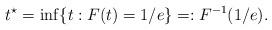
LaTeX: \begin{align*} t^\star = \inf\{ t: F(t) = 1/e \}=:F^{-1}(1/e).\end{align*}